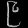
Digit: ၉